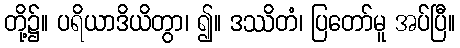
တို့၌။ ပရိယာဒိယိတွာ၊ ၍။ ဒဿိတံ၊ ပြတော်မူ အပ်ပြီ။